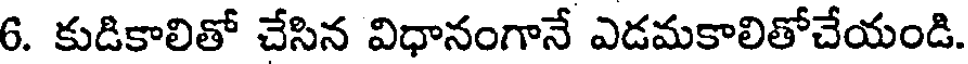
6. కుడికాలితో చేసిన విధానంగానే ఎడమకాలితోచేయండి.